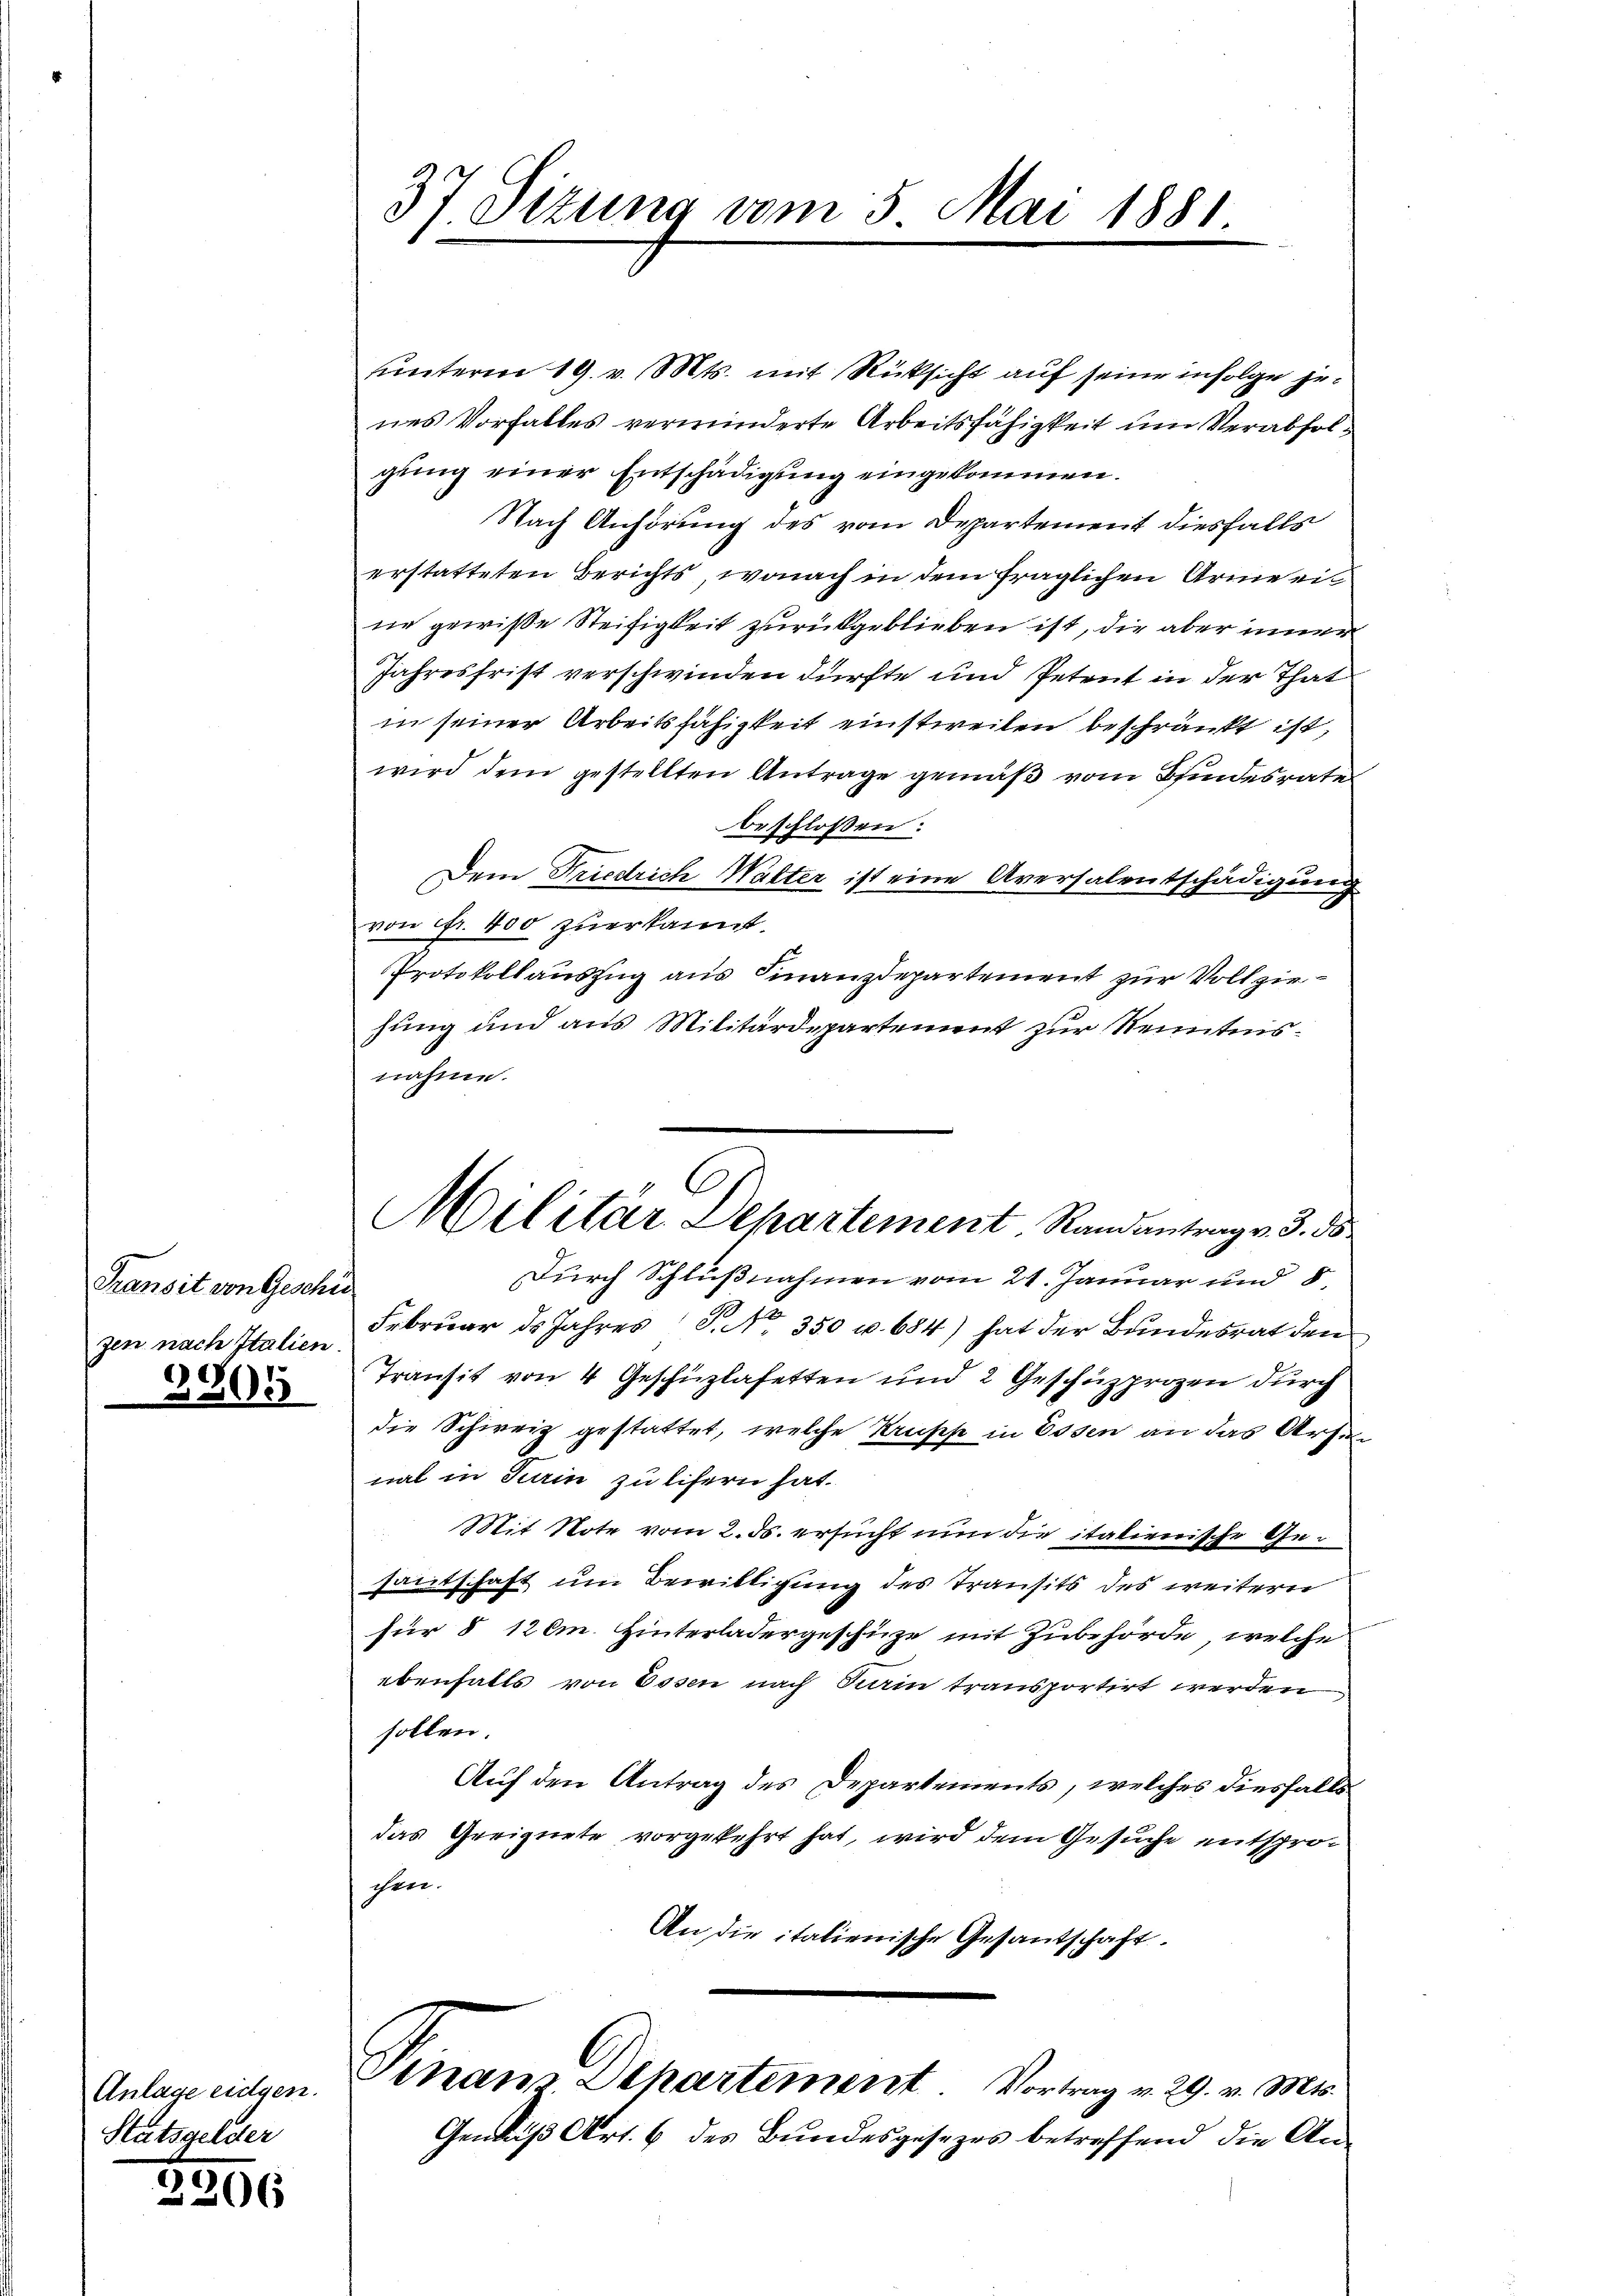
Transit von Geschi
zen nach Italien.

3905

Anlage eidgen.
Stätsgelder

2206

37 Sizung vom 5. Mai 1881.

Militar Departement, Randantrag v. 3. ds

unterm 19. v. Mts. mit Rüksicht auf seine infolge jenes Vorfalles verminderte Arbeitsfähigkeit um Verabfolgung einer Entschädigung eingekommen.
Nach Anhörung des vom Departement diesfalls
erstatteten Berichts, wonach in dem fraglichen Arme ei
ne gewiße Steifigkeit zurückgeblieben ist, die aber inner
Jahresfrist verschwinden dürfte und Petent in der That
in seiner Arbeitsfähigkeit einstweilen beschränkt ist,
wird dem gestellten Antrage gemäß vom Bindesrate
beschlossen:
Dem Friedrich Walter ist eine Aversalentschädigung
von fr. 400 zuerkannt.
Protokollauszug aus Finanzdepartement zur Vollziesung und aus Militärdepartement zur Kenntnisnahme.
Durch Schlußnahmen vom 21. Januar und 8
Februar ds Jahres P. Nr. 350 u. 684) hat der Bundesrat den
Transit von 4 Geschüzlasetten und 2 Geschüzprozen durch
die Schweiz gestattet, welche Krupp in Essen an das Arten
nal in Turin zu lifern hat.
Mit Note vom 2. ds. ersucht nun die italienische Gesautschaft um Bewilligung des Transits des weitern
für 8 12 cm. Hinterladergeschüze mit Zubehörde, welche
ebenfalls von Essen nach darin transportirt werden
sollen.
Auf den Antrag des Departements, welches diesfalls
das Geeignete vorgekehrt hat, wird dem Gesuche entsprochen.
An die italienische Gesantschaft.
Sinair Departement Vortrag v. 29. v. Mts.
Gemäβ Art. 6 des Bundesgesezes betreffend die An-